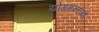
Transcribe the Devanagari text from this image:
योगमन्तव्यों